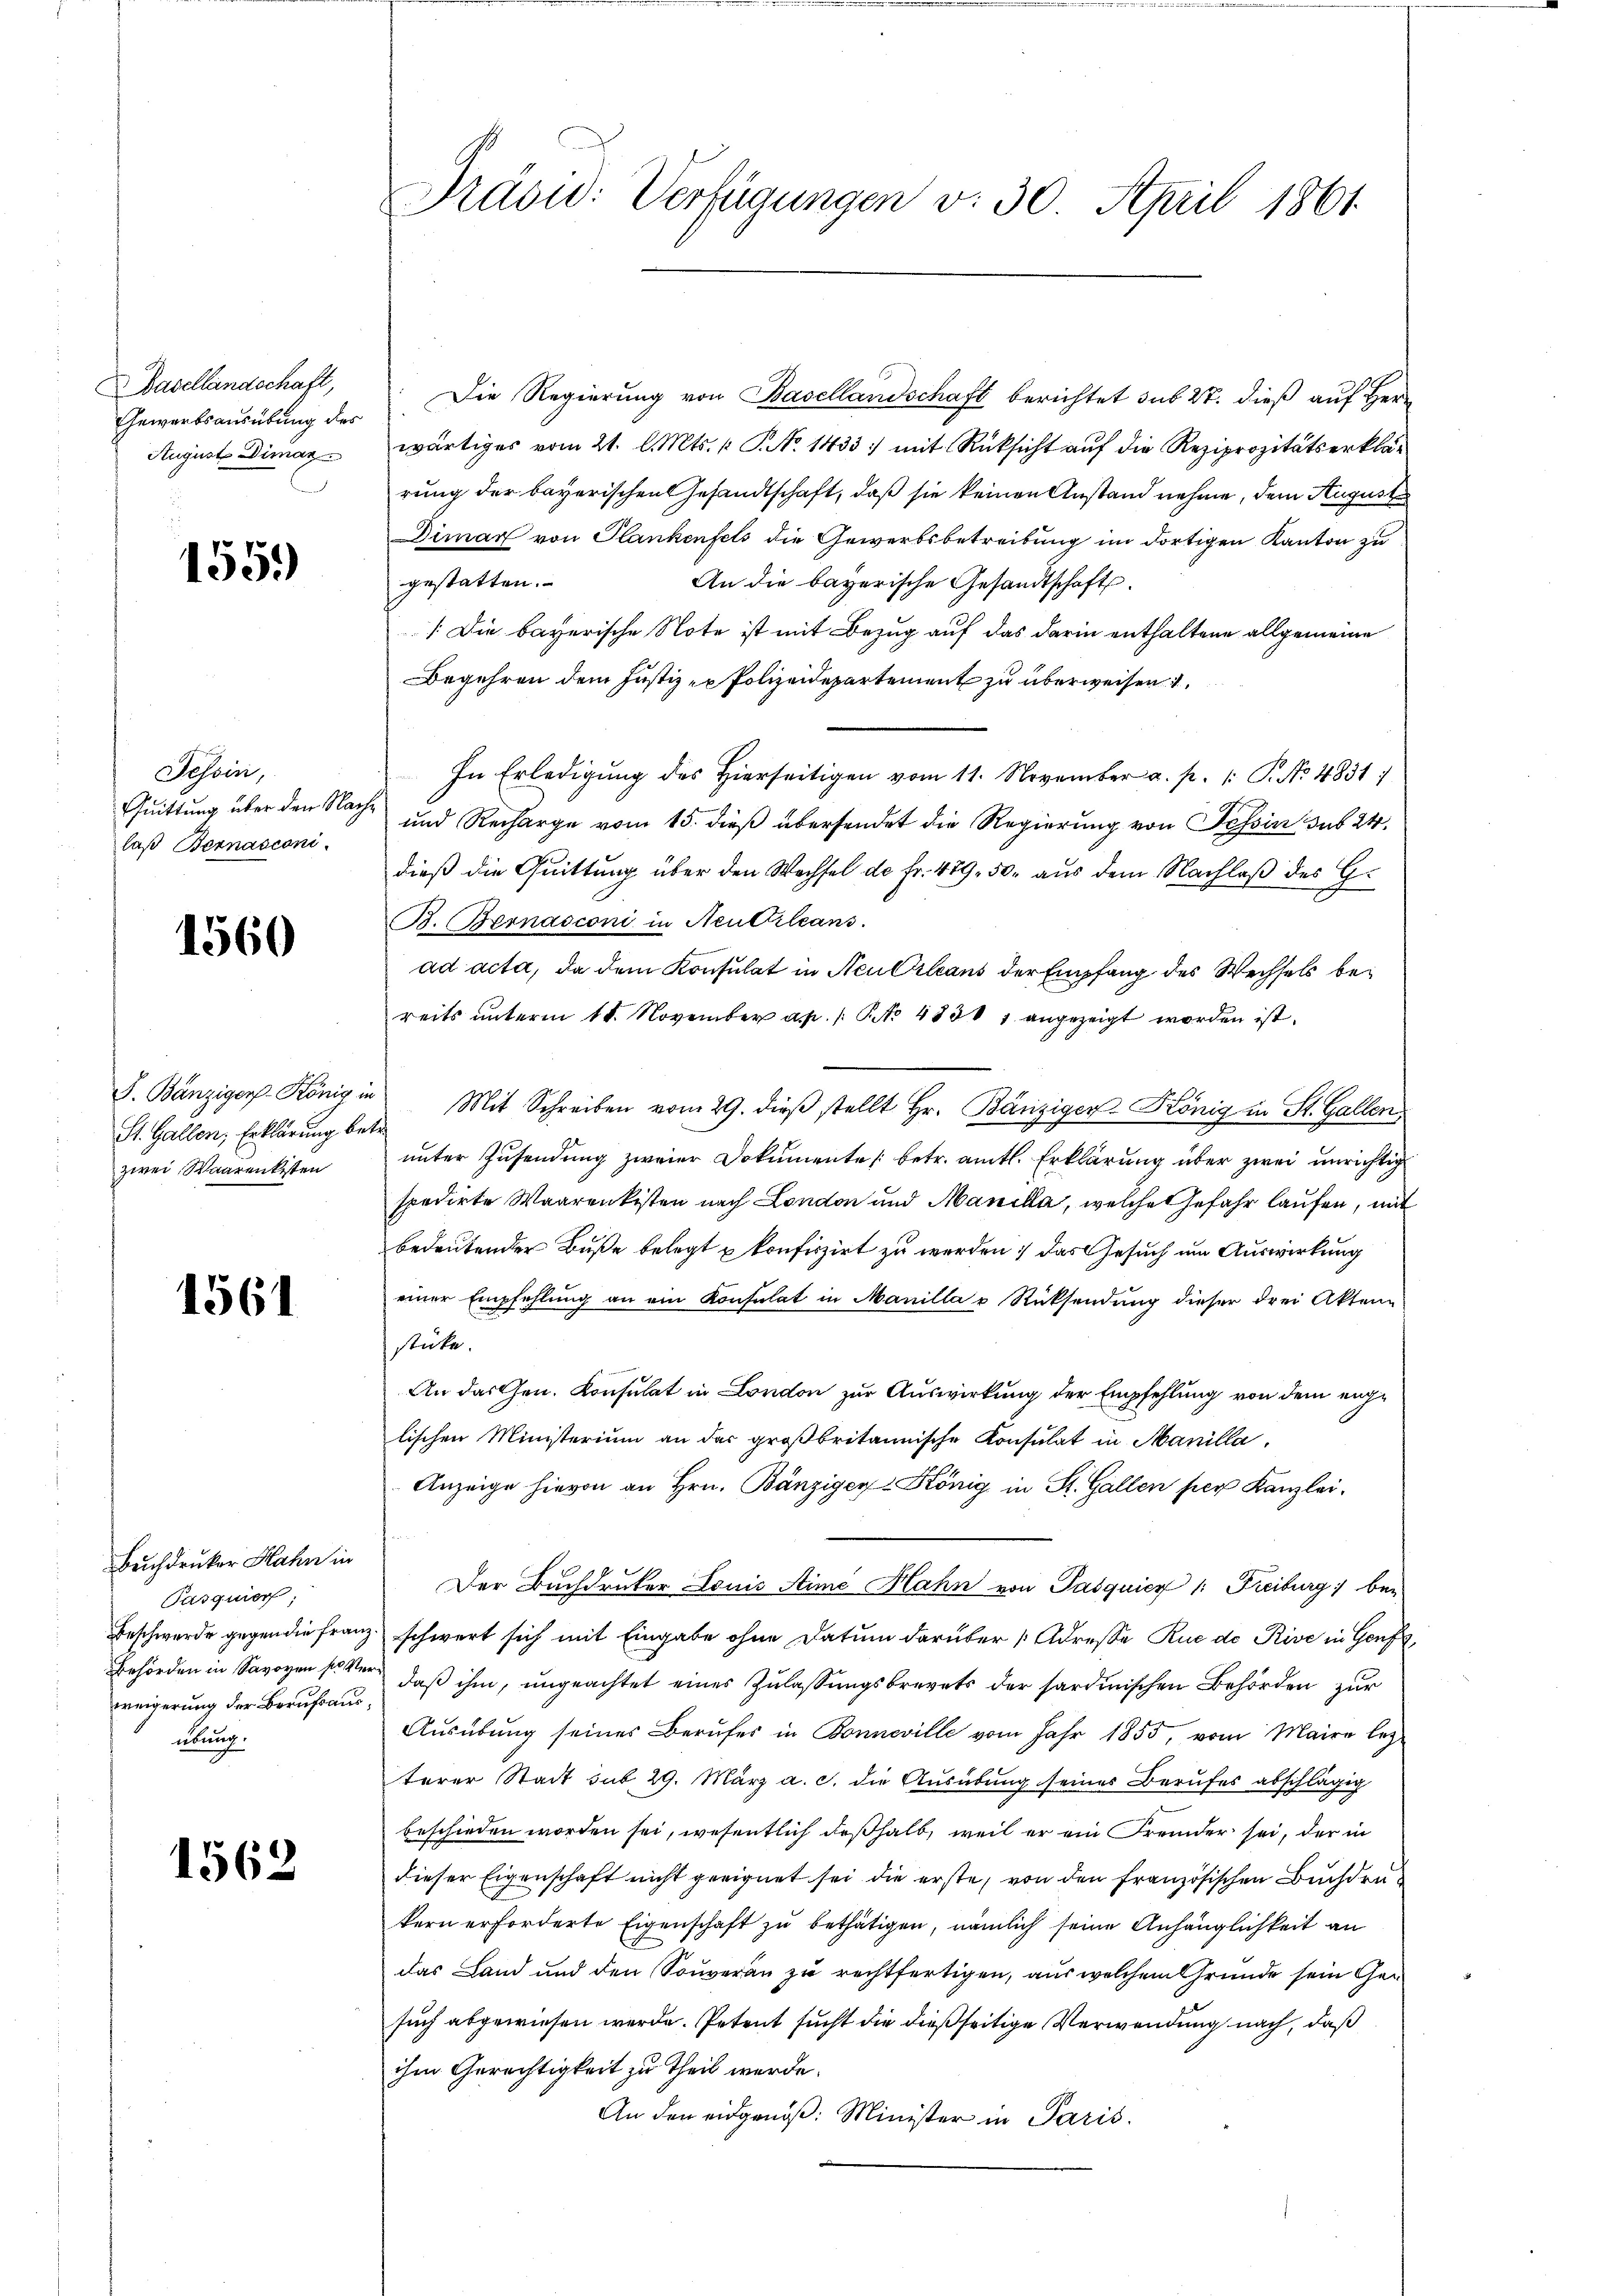
Basellandschaft,
Gewärtsausübung des
August Dimaz

155.

Tessin,
Quittung über den Nachlaß Bernasconi

1560

St. Gallen, Erklärung betre
zwei Waarentisten

1561

Buchdruker Hahn in
Pasquier;
weigerung der Berufsausübung.

1562

Die Regierung von Basellandschaft berichtet sub 27. dieß auf Herr
wärtiges vom 21. l. Mts. (T. No 1433:/ mit Rücksicht auf die Reziprozitätserklärung der bayerischen Gesandtschaft, daß sie keinen Anstand nehme, dem August
Dimar von Plankenfels die Gewerbsbetreibung im dortigen Kanton zu
gestatten.
An die bayerische Gesandtschaft.
[Die bayerische Note ist mit Bezug auf das darin enthaltene allgemeine
Begehren dem Justiz- u Polizeidepartement zu überweisen
In Erledigŭng des hierseitigen vom 11. November a. p. 1: P. No 4831/
und Recharge vom 15. dieß übersendet die Regierung von Tessin sub 24
dieß die Quittung über den Wechsel de Fr. 479. 50. aus dem Nachlaß des Gr
B. Bernasconi in Neuttileans
ad acta, da dem Konsulat in Neu Orleans der Empfang des Wechsels bereits unterm 18. November a.p. /: Pto 483 1 angezeigt worden ist.
F. Bänziger König in Mit Schreiben vom 29. dieβ stellt Hr. Bänziger-König in St. Gallen
unter Zusendung zweier Dokumente (betr. amtl. Erklärung über zwei unrichtig
spedirte Waarenkisten nach London und Manila, welche Gefahr laufen, mit
bedeutender Buße belegt u konfiszirt zu werden; das Gesuch um Auswirkung
einer Empfehlung an ein Konsulat in Manilla u Rücksendung dieser drei Akten
stücke.
An das Gen. Konsulat in London zur Auswirkung der Empfehlung von dem englischen Ministerium an der großbritannische Konsulat in Manilla,
Anzeige hievon an Hrn. Bänziger 2 König in St. Gallen per Kanzleie
Der Buchdrucker Louić Aimé Hahn von Pasquier /: Freiburg bei
Beschwerde gegen die Franz schwert sich mit Eingabe ohne Datum darüber 1 Adresse Rue de Rive in Genf,
Behörden in Savoyen so ver, daβ ihm, ŭngeachtet eines Zŭlassŭngsbrevets der sardinischen Behörden zŭr
Aŭsübŭng seines Berufes in Bonneville vom Jahr 1855, vom Maire letz-
terer Stadt sub. 29. März a. c. die Ausübung seines Berufes abschlägig
beschieden worden sei, wesentlich deßhalb, weil er ein Fremder sei, der in
dieser Eigenschaft nicht geeignet sei die erste, von den französischen Buchdru
kern erforderte Eigenschaft zŭ bethätigen, nämlich seine Anhänglichkeit an
das Land und den Souveran zu rechtfertigen, aus welchem Grunde sein Gesuch abgewiesen werde. Petent sucht die dießseitige Verwendung nach, daß
ihm Gerechtigkeit zu theil werde.
An den eidgenöß: Minister in Paris.

Präsid. Verfügungen v. 30. April 1861